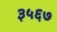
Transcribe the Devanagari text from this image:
३५६७